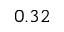
0 . 3 2